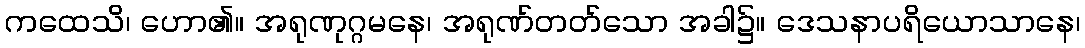
ကထေသိ၊ ဟော၏။ အရုဏုဂ္ဂမနေ၊ အရုဏ်တတ်သော အခါ၌။ ဒေသနာပရိယောသာနေ၊